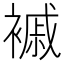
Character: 䙘